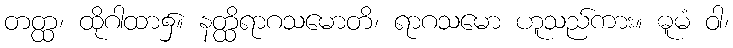
တတ္ထ၊ ထိုဂါထာ၌။ နတ္ထိရာဂသမောတိ၊ ရာဂသမော ဟူသည်ကား။ ဓူမံ ဝါ၊